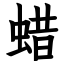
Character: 蜡